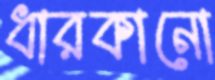
ধারকানো